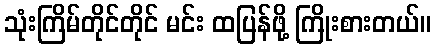
သုံးကြိမ်တိုင်တိုင် မင်း ထပြန်ဖို့ ကြိုးစားတယ်။